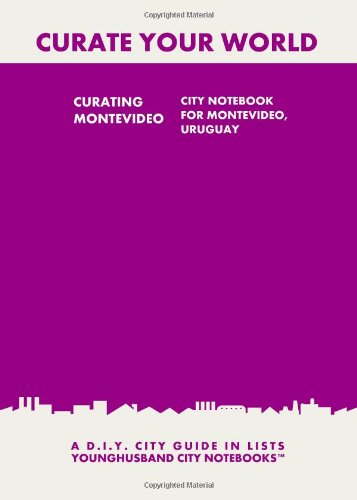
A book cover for Curating Montevideo: City Notebook For Montevideo, Uruguay: A D.I.Y. City Guide In Lists (Curate Your World); Younghusband City Notebooks; Travel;